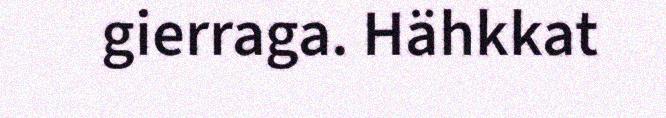
gierraga. Hähkkat